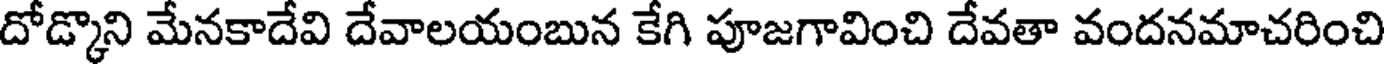
దోడ్కొని మేనకాదేవి దేవాలయంబున కేగి పూజగావించి దేవతా వందనమాచరించి